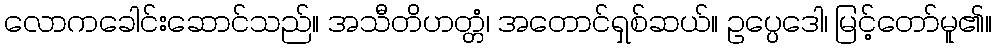
လောကခေါင်းဆောင်သည်။ အသီတိဟတ္တံ၊ အတောင်ရှစ်ဆယ်။ ဥပ္ပေဒေါ၊ မြင့်တော်မူ၏။